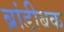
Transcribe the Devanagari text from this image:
ब्रांडीबक